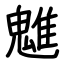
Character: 魋